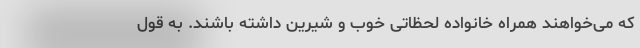
که می‌خواهند همراه خانواده لحظاتی خوب و شیرین داشته باشند. به قول